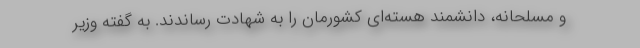
و مسلحانه، دانشمند هسته‌ای کشورمان را به شهادت رساندند. به گفته وزیر